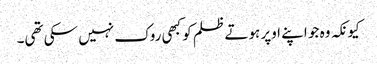
کیونکہ وہ جو اپنے اوپر ہوتے ظلم کو کبھی روک نہیں سکی تھی۔